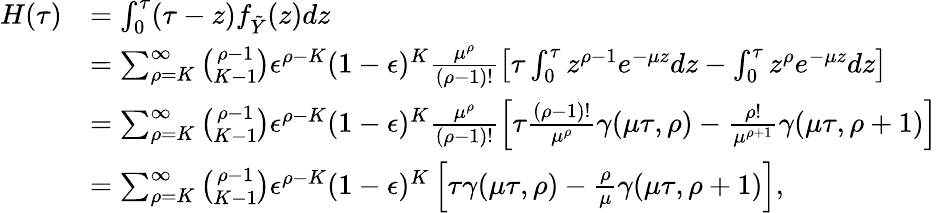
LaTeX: \begin{array}{rl}{H(\tau)}&{=\int_{0}^{\tau}(\tau-z)f_{\tilde{Y}}(z)dz}\\ &{=\sum_{\rho=K}^{\infty}\binom{\rho-1}{K-1}\epsilon^{\rho-K}(1-\epsilon)^{K}\frac{\mu^{\rho}}{(\rho-1)!}\left[\tau\int_{0}^{\tau}z^{\rho-1}e^{-\mu z}dz-\int_{0}^{\tau}z^{\rho}e^{-\mu z}dz\right]}\\ &{=\sum_{\rho=K}^{\infty}\binom{\rho-1}{K-1}\epsilon^{\rho-K}(1-\epsilon)^{K}\frac{\mu^{\rho}}{(\rho-1)!}\left[\tau\frac{(\rho-1)!}{\mu^{\rho}}\gamma(\mu\tau,\rho)-\frac{\rho!}{\mu^{\rho+1}}\gamma(\mu\tau,\rho+1)\right]}\\ &{=\sum_{\rho=K}^{\infty}\binom{\rho-1}{K-1}\epsilon^{\rho-K}(1-\epsilon)^{K}\left[\tau\gamma(\mu\tau,\rho)-\frac{\rho}{\mu}\gamma(\mu\tau,\rho+1)\right],}\end{array}